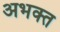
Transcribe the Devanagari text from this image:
अभक्‍त